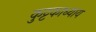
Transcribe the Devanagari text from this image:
कुट्टकाध्याय